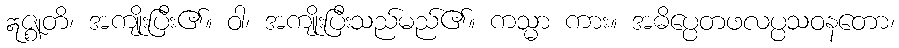
ဣဇ္ဈတိ၊ အကျိုးပြီး၏။ ဝါ၊ အကျိုးပြီးသည်မည်၏။ ကသ္မာ ကား။ အဓိပ္ပေတဖလပ္ပသဝနတော၊